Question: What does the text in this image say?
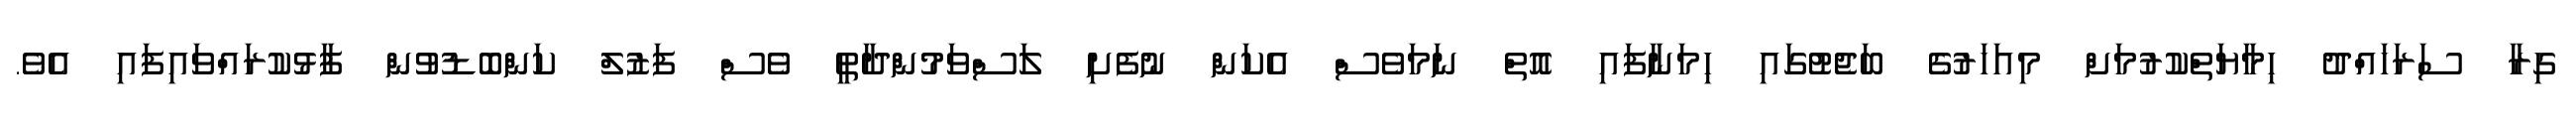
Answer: ގިރާ ސަރަހައްދު ހިމާޔަތްކުރުމަށް މިއަހަރުގެ ބަޖެޓުގައި ހިމަނާފައި އޮތް ނަމަވެސް އެކަން ނުފެށި ލަސްވަމުންދާތީ ވެސް ފަޒުލް ކަންބޮޑުވުން ފާޅުކުރައްވައިފައި އެވެ.